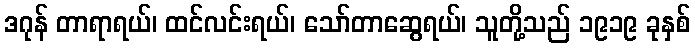
ဒဂုန် တာရာရယ်၊ ထင်လင်းရယ်၊ သော်တာဆွေရယ်၊ သူတို့သည် ၁၉၁၉ ခုနှစ်